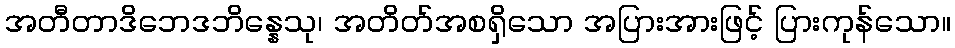
အတီတာဒိဘေဒဘိန္နေသု၊ အတိတ်အစရှိသော အပြားအားဖြင့် ပြားကုန်သော။